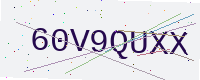
Text: 60V9QUXX